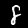
Label: 8